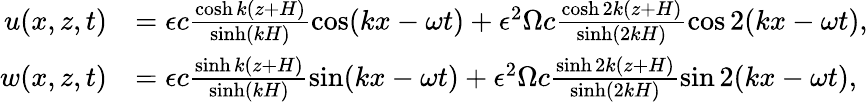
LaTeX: \begin{array}{rl}{u(x,z,t)}&{=\epsilon c\frac{\cosh k(z+H)}{\sinh(kH)}\cos(kx-\omega t)+\epsilon^{2}\Omega c\frac{\cosh 2k(z+H)}{\sinh(2kH)}\cos 2(kx-\omega t),}\\ {w(x,z,t)}&{=\epsilon c\frac{\sinh k(z+H)}{\sinh(kH)}\sin(kx-\omega t)+\epsilon^{2}\Omega c\frac{\sinh 2k(z+H)}{\sinh(2kH)}\sin 2(kx-\omega t),}\end{array}